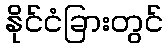
နိုင်ငံခြားတွင်